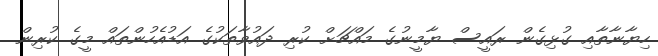
ހިޔާނާތާއި ގުޅިގެން ރައީސް ޔާމީނުގެ މައްޗަށް ކުރި ދައުވާތަކުގެ އަޑުއެހުންތައް މީގެ ކުރިން